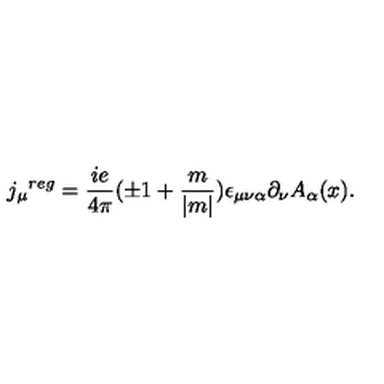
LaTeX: { j _ { \mu } } ^ { r e g } = \frac { i e } { 4 \pi } ( \pm 1 + \frac { m } { | m | } ) \epsilon _ { \mu \nu \alpha } \partial _ { \nu } A _ { \alpha } ( x ) .